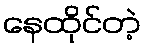
နေထိုင်တဲ့